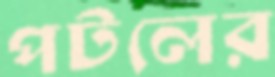
পটলের